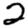
Digit: 2